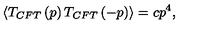
\langle T _ { C F T } \left( p \right) T _ { C F T } \left( - p \right) \rangle = c p ^ { 4 } ,